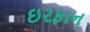
ઇરફાન